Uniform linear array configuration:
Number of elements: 16
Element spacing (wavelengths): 0.25
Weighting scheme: blackman
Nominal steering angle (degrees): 30
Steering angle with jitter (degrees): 31.68
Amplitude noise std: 0.05
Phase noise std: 0.05

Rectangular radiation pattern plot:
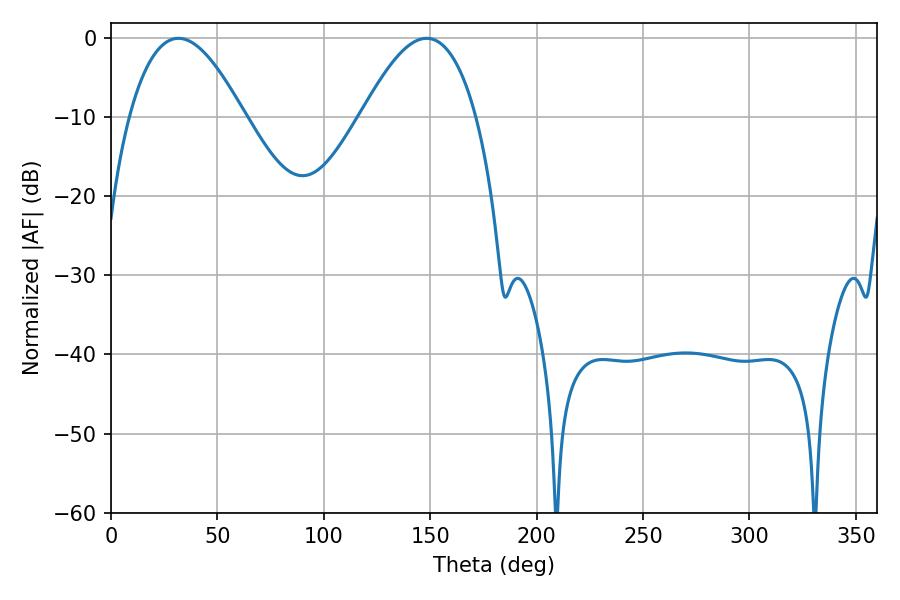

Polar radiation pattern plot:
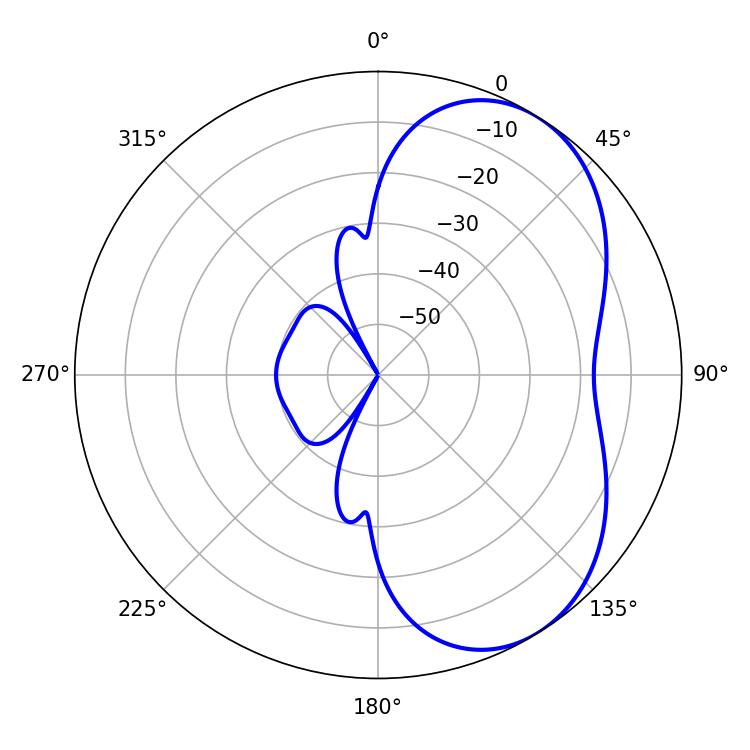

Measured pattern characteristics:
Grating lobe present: FALSE
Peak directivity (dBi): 5.049
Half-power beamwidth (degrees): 29.52
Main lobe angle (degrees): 31.68